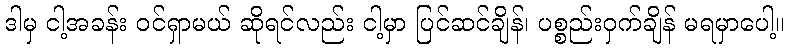
ဒါမှ ငါ့အခန်း ဝင်ရှာမယ် ဆိုရင်လည်း ငါ့မှာ ပြင်ဆင်ချိန်၊ ပစ္စည်းဝှက်ချိန် မရမှာပေါ့။